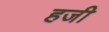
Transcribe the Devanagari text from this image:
हजी